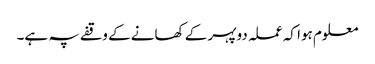
معلوم ہوا کہ عملہ دوپہر کے کھانے کے وقفے پہ ہے۔